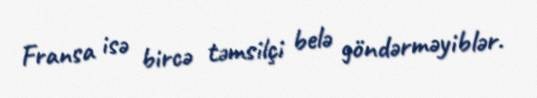
Fransa isə bircə təmsilçi belə göndərməyiblər.